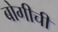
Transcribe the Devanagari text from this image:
बोगीची